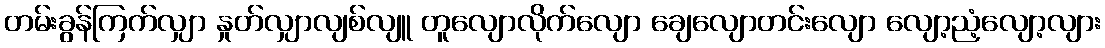
တမ်းခွန်ကြက်လျှာ နှုတ်လျှာလျစ်လျူ တူလျောလိုက်လျော ချေလျောတင်းလျော လျော့ညံ့လျော့လျား